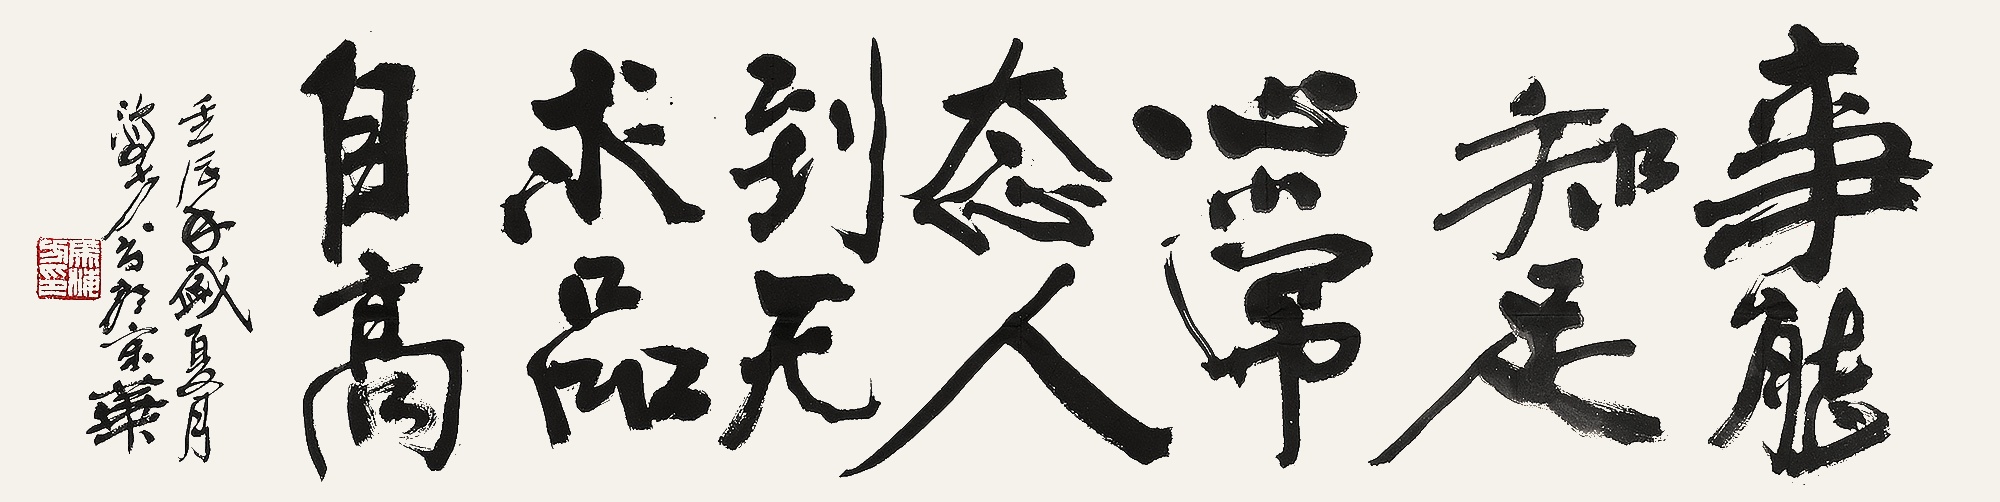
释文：事能知足心常态，人到无求品自高。壬辰年盛夏月海方书于京华。